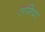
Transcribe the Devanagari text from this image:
लगिया